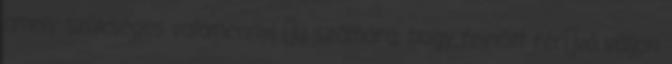
amely szükséges valamennyi ﬁú számára, hogy felnőtt férﬁvá váljon